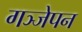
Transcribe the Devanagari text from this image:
गञ्जेपन